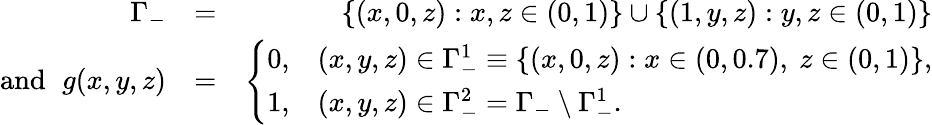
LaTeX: \begin{array}{rlr}{\Gamma_{-}}&{=}&{\{ (x,0,z):x,z\in(0,1)\} \cup\{ (1,y,z):y,z\in(0,1)\} }\\ {\mathrm{and~}\, \, g(x,y,z)}&{=}&{\left\{ \begin{array}{rl}{0,}&{(x,y,z)\in\Gamma_{-}^{1}\equiv\{ (x,0,z):x\in(0,0.7),\ z\in(0,1)\} ,}\\ {1,}&{(x,y,z)\in\Gamma_{-}^{2}=\Gamma_{-}\setminus\Gamma_{-}^{1}.}\end{array}\right.}\end{array}